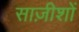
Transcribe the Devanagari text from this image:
साज़ीशों